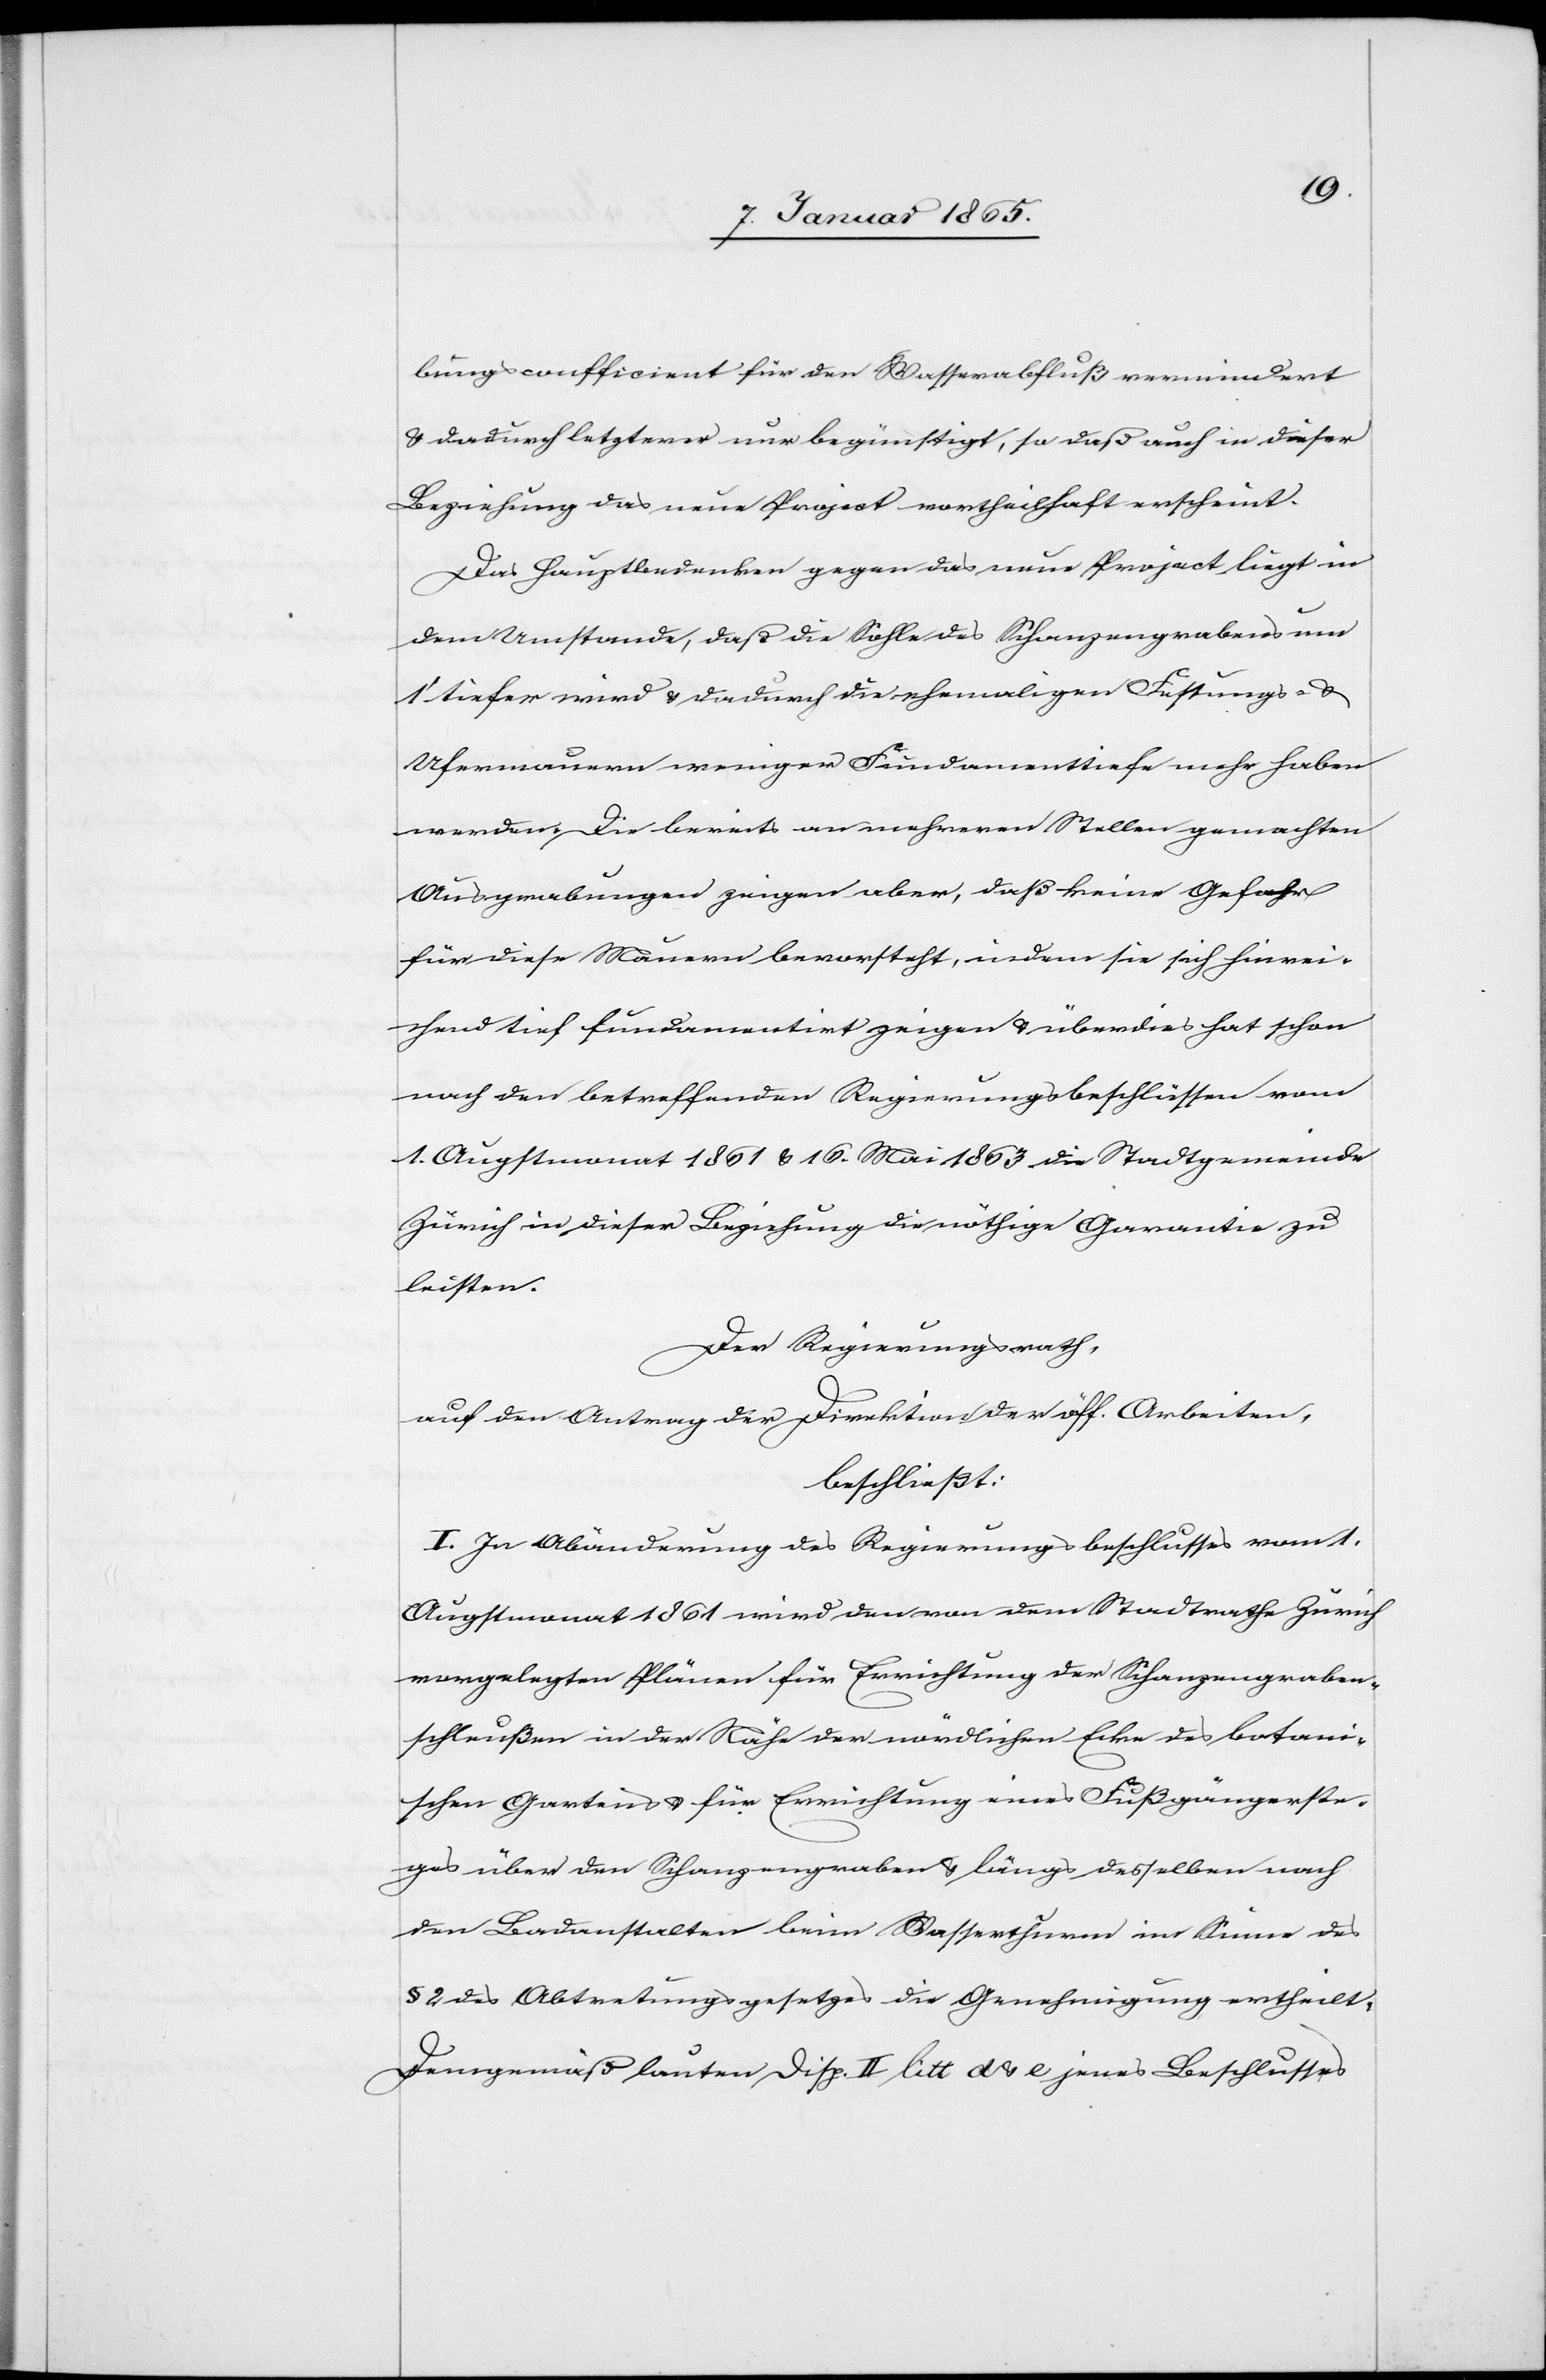
bungscoefficient für den Wasserabfluß vermindert
& dadurch letzterer nur begünstigt, so daß auch in dieser
Beziehung das neue Project vortheilhaft erscheint.
Das Hauptbedenken gegen das neue Project liegt in
dem Umstande, daß die Sohle des Schanzengrabens um
1’ tiefer wird & dadurch die ehemaligen Festungs- &
Ufermauern weniger Fundamenttiefe mehr haben
werden. Die bereits an mehreren Stellen gemachten
Ausgrabungen zeigen aber, daß keine Gefahr
für diese Mauern bevorsteht, indem sie sich hinrei¬
chend tief fundamentirt zeigen u. überdies hat schon
nach den betreffenden Regierungsbeschlüssen vom
1. Augstmonat 1861 & 16. Mai 1863 die Stadtgemeinde
Zürich in dieser Beziehung die nöthige Garantie zu
leisten.
Der Regierungsrath,
auf den Antrag der Direktion der öff. Arbeiten,
beschließt:
I. In Abänderung des Regierungsbeschlusses vom 1.
Augstmonat 1861 wird den von dem Stadtrathe Zürich
vorgelegten Plänen für Errichtung der Schanzengraben¬
schleußen in der Nähe der nördlichen Ecke des botani¬
schen Gartens u. für Errichtung eines Fußgängerste¬
ges über den Schanzengraben u. längs desselben nach
den Badanstalten beim Wasserthurm im Sinne des
§ 2 des Abtretungsgesetzes die Genehmigung ertheilt.
Demgemäß lauten Disp. II litt d & e jenes Beschlusses